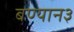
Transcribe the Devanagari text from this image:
बण्यान३